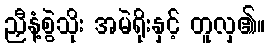
ညှီနံ့စွဲသိုး အမဲရိုးနှင့် တူလှ၏။